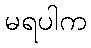
မရပါက